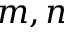
m , n